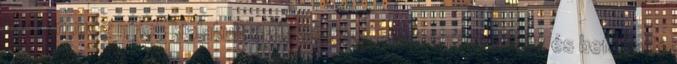
korban még nincs kialakult érdeklődése, egyformán nyitott és befogadó